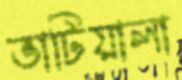
ভাটিয়ালা